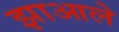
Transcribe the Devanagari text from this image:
झाआले